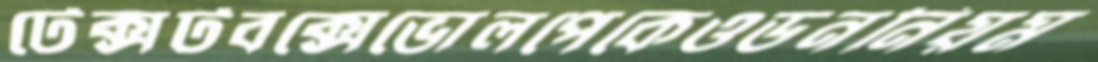
টেক্সটবক্সেভোলপেকেওডননিয়ম